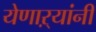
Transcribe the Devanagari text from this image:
येणाऱ्यांनी